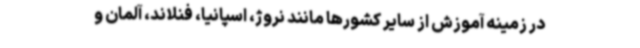
در زمینه آموزش از سایر کشورها مانند نروژ، اسپانیا، فنلاند، آلمان و